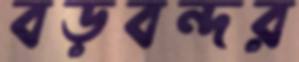
বড়বন্দর